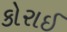
કોરાઈ